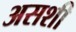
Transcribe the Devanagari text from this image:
असशी